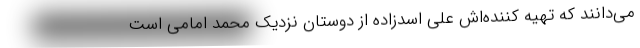
می‌دانند که تهیه کننده‌اش علی اسدزاده از دوستان نزدیک محمد امامی است